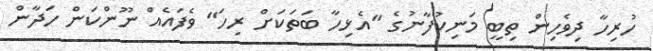
ހުރިހާ ދިވެހިން ތިބީ މަނިކުފާނުގެ "އެޅިހާ ބަތަކަށް ރިހަ" ވެފައެއް ނޫންކަން ހަދާން